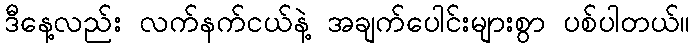
ဒီနေ့လည်း လက်နက်ငယ်နဲ့ အချက်ပေါင်းများစွာ ပစ်ပါတယ်။